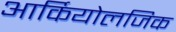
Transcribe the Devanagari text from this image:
आर्कियोलजिक